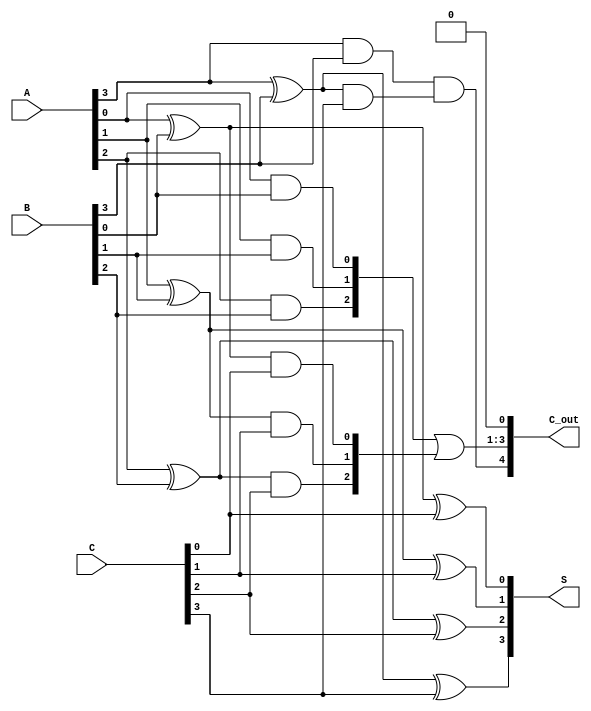
module RCSA #(parameter n = 4) (
    input  [n-1:0] A,  // First n-bit input
    input  [n-1:0] B,  // Second n-bit input
    input  [n-1:0] C,  // Third n-bit input
    output [n-1:0] S,  // Partial sum output
    output [n:0]   C_out // Carry output (n+1 bits to accommodate carry out)
);

    wire [n-1:0] sum1, sum2;
    wire [n-1:0] carry1, carry2;

    // First stage of full adders
    genvar i;
    generate
        for (i = 0; i < n; i = i + 1) begin : full_adder_stage1
            // Full adder for A and B
            assign sum1[i] = A[i] ^ B[i];
            assign carry1[i] = A[i] & B[i];
        end
    endgenerate

    // Second stage of full adders
    generate
        for (i = 0; i < n; i = i + 1) begin : full_adder_stage2
            // Full adder for sum1 and C
            assign sum2[i] = sum1[i] ^ C[i];
            assign carry2[i] = sum1[i] & C[i];
        end
    endgenerate

    // Final carry and sum outputs
    assign S = sum2; // Partial sum output
    assign C_out[0] = 0; // Initial carry bit (no carry in)
    assign C_out[n-1:1] = carry1 | carry2; // Combine carries from both stages
    assign C_out[n] = carry1[n-1] & carry2[n-1]; // Final carry out

endmodule